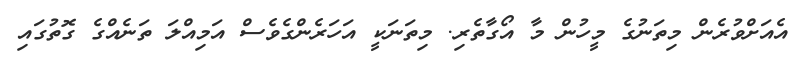
އެއަށްވުރެން މިތަނުގެ މީހުން މާ އޯގާތެރި. މިތަނަކީ އަހަރެންގެވެސް އަމިއްލަ ތަނެއްގެ ގޮތުގައި